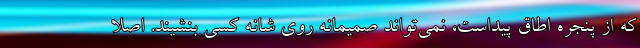
که از پنجره اطاق پیداست، نمی‌تواند صمیمانه روی شانه کسی بنشیند. اصلا